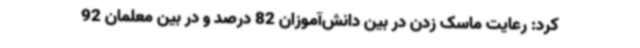
کرد: رعایت ماسک زدن در بین دانش‌آموزان 82 درصد و در بین معلمان 92